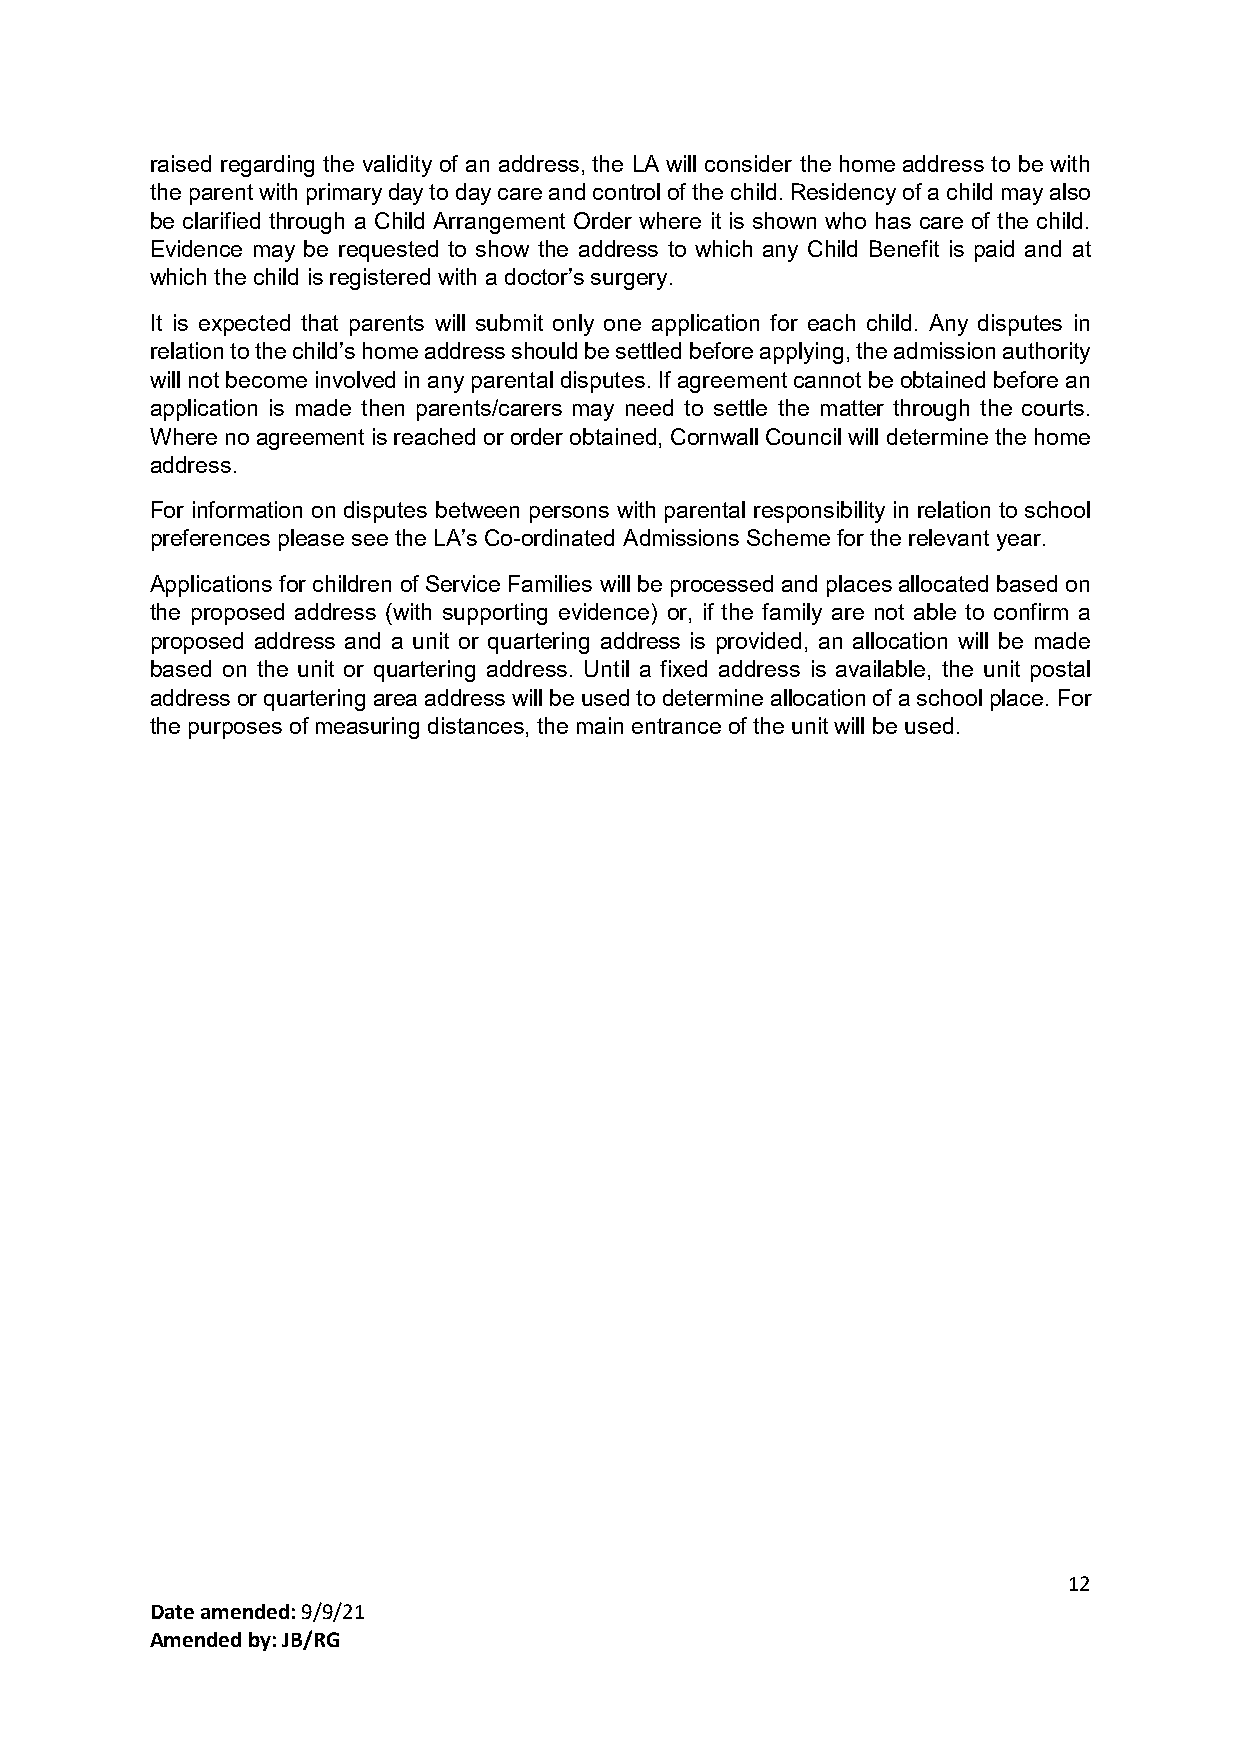
raised regarding the validity of an address, the LA will consider the home address to be with
 the parent with primary day to day care and control of the child. Residency of a child may also
 be clarified through a Child Arrangement Order where it is shown who has care of the child.
 Evidence may be requested to show the address to which any Child Benefit is paid and at
 which the child is registered with a doctor’s surgery.
 It is expected that parents will submit only one application for each child. Any disputes in
 relation to the child’s home address should be settled before applying, the admission authority
 will not become involved in any parental disputes. If agreement cannot be obtained before an
 application is made then parents/carers may need to settle the matter through the courts.
 Where no agreement is reached or order obtained, Cornwall Council will determine the home
 address.
 For information on disputes between persons with parental responsibility in relation to school
 preferences please see the LA’s Co-ordinated Admissions Scheme for the relevant year.
 Applications for children of Service Families will be processed and places allocated based on
 the proposed address (with supporting evidence) or, if the family are not able to confirm a
 proposed address and a unit or quartering address is provided, an allocation will be made
 based on the unit or quartering address. Until a fixed address is available, the unit postal
 address or quartering area address will be used to determine allocation of a school place. For
 the purposes of measuring distances, the main entrance of the unit will be used.
 12
 Date amended: 9/9/21
 Amended by: JB/RG